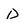
Character: D